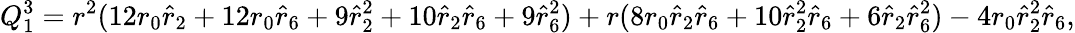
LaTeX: Q_{1}^{3}=r^{2}(12r_{0}\hat{r}_{2}+12r_{0}\hat{r}_{6}+9\hat{r}_{2}^{2}+10\hat{r}_{2}\hat{r}_{6}+9\hat{r}_{6}^{2})+r(8r_{0}\hat{r}_{2}\hat{r}_{6}+10\hat{r}_{2}^{2}\hat{r}_{6}+6\hat{r}_{2}\hat{r}_{6}^{2})-4r_{0}\hat{r}_{2}^{2}\hat{r}_{6},